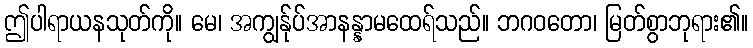
ဤပါရာယနသုတ်ကို။ မေ၊ အကျွန်ုပ်အာနန္နာမထေရ်သည်။ ဘဂဝတော၊ မြတ်စွာဘုရား၏။